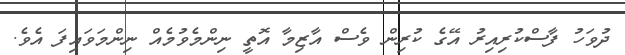
ދުވަހު ފާސްކުރިއިރު އޭގެ ކުރިން ވެސް އާޒިމާ އޮތީ ނިންމެވުމެއް ނިންމަވައިފަ އެވެ.